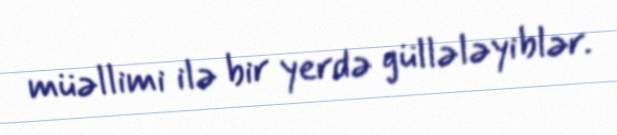
müəllimi ilə bir yerdə güllələyiblər.